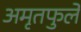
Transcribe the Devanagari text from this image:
अमृतफुले